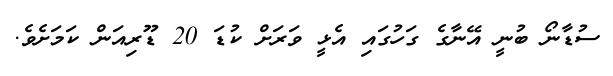
ސުޑާނޯ ބުނީ އޭނާގެ ގަހުގައި އެޅީ ވަރަށް ކުޑަ 20 ޑޫރިއަން ކަމަށެވެ.